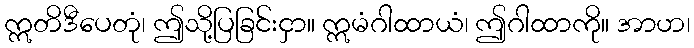
ဣတိဒီပေတုံ၊ ဤသို့ပြခြင်းငှာ။ ဣမံဂါထာယံ၊ ဤဂါထာကို။ အာဟ၊